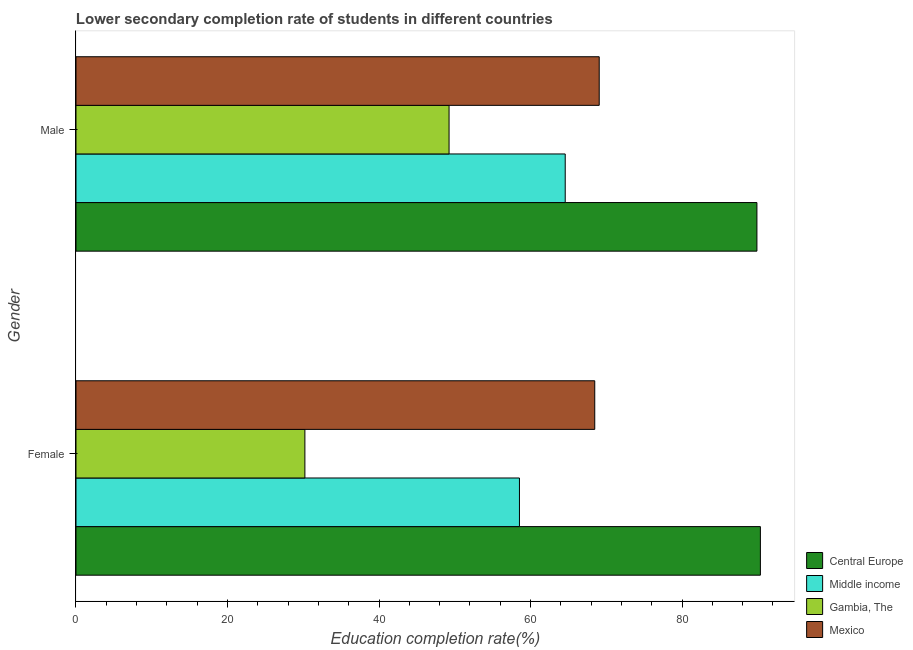
| Gender | Central Europe | Middle income | Gambia, The | Mexico |
 | --- | --- | --- | --- | --- |
 | Female | 90.3 | 58.5 | 30.2 | 68.5 |
 | Male | 89.9 | 64.6 | 49.2 | 69.1 |